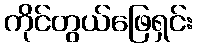
ကိုင်တွယ်ဖြေရှင်း